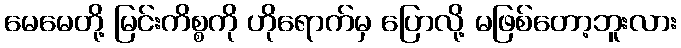
မေမေတို့ မြင်းကိစ္စကို ဟိုရောက်မှ ပြောလို့ မဖြစ်တော့ဘူးလား